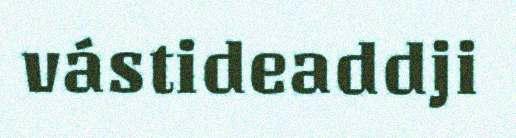
vástideaddji